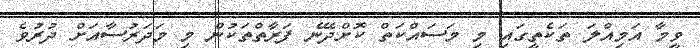
ވީމާ އަމިއްލަ ތަކެތީގައި މި މަސައްކަތް ކޮށްދޭނެ ފަރާތްތަކުން މި މަދަރުސާއަށް ދުރުވެ